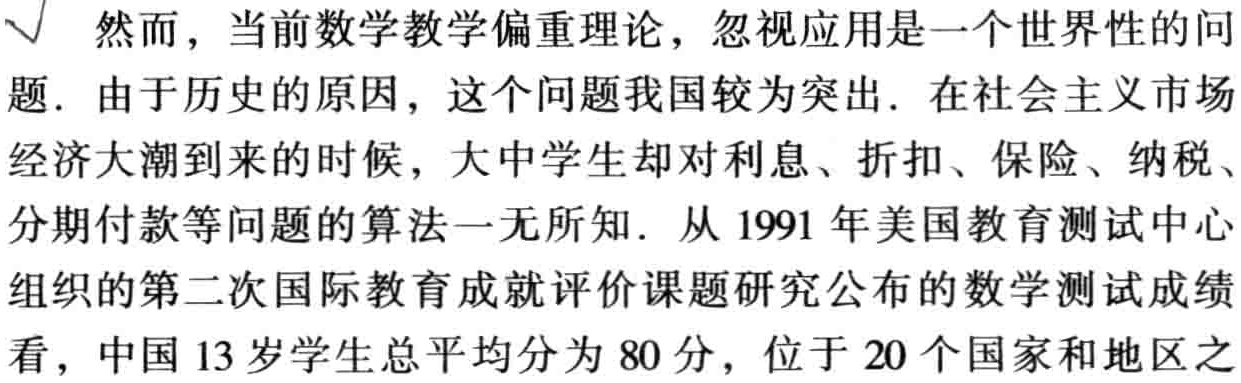
然而，当前数学教学偏重理论，忽视应用是一个世界性的问
题. 由于历史的原因，这个问题我国较为突出. 在社会主义市场
经济大潮到来的时候，大中学生却对利息、折扣、保险、纳税、
分期付款等问题的算法一无所知. 从 1991 年美国教育测试中心
组织的第二次国际教育成就评价课题研究公布的数学测试成绩
看，中国 13 岁学生总平均分为 80 分，位于 20 个国家和地区之